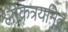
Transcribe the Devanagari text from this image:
श्लोकत्रयमिदं